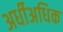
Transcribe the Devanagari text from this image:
अर्धीअधिक